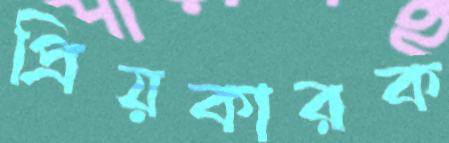
প্রিয়কারক